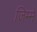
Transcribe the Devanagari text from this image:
जिम्‍में